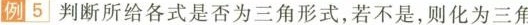
例5]判断所给各式是否为三角形式，若不是，则化为三角